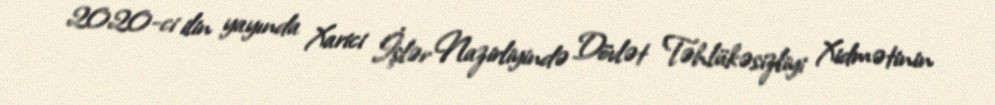
2020-ci ilin yayında Xarici İşlər Nazirliyində Dövlət Təhlükəsizliyi Xidmətinin